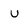
Character: u